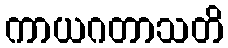
ကာယဂတာသတိ